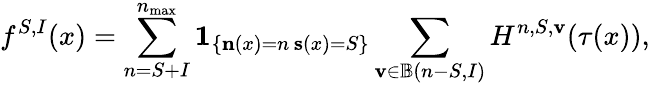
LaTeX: f^{S,I}(x)=\sum_{n=S+I}^{n_{\operatorname*{max}}}\mathbf{1}_{\left\{ \substack{\mathbf{n}(x)=n\, \mathbf{s}(x)=S}\right\} }\sum_{\mathbf{v}\in\mathbb{B}(n-S,I)}H^{n,S,\mathbf{v}}(\tau(x)),